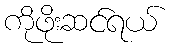
ကိုဖိုးဆင်ရယ်